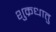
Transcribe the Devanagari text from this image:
शुक्रधातु